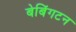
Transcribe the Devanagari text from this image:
बेबिंगटन